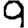
Digit: 9